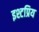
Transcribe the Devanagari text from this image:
इश्टप्रिय